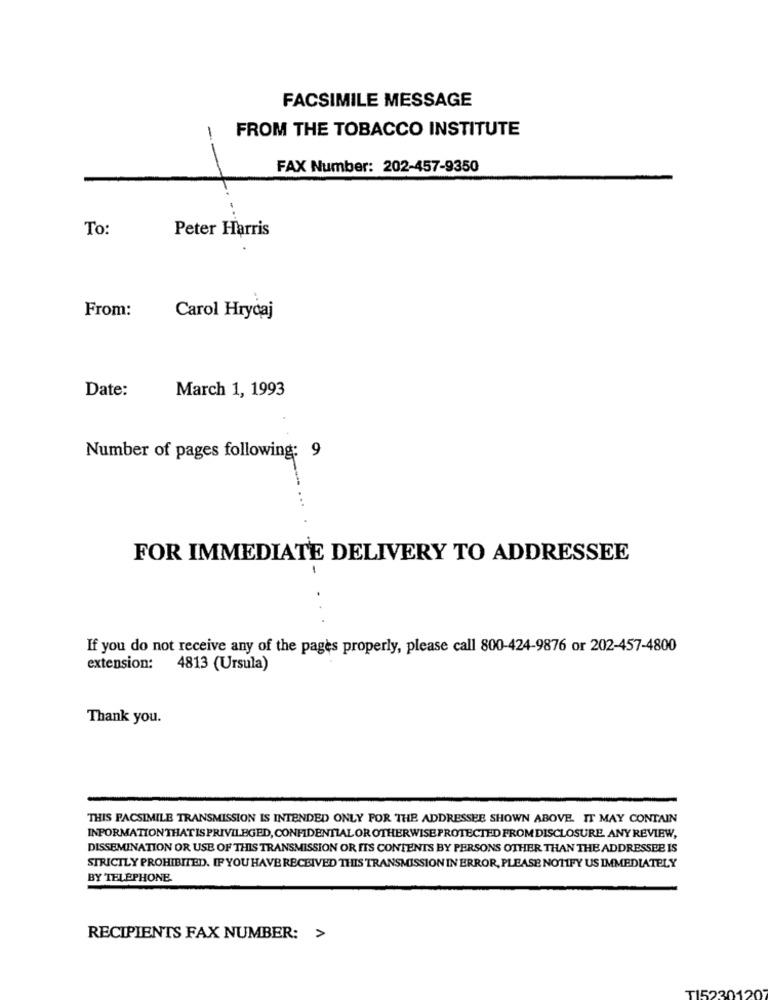
FACSIMILE MESSAGE
FROM THE TOBACCO INSTITUTE
-
FAX Number: 202-457-9350
To:
Peter Harris
From:
Carol Hrycaj
Date:
March 1, 1993
Number of pages following: 9
FOR IMMEDIATE DELIVERY TO ADDRESSEE
If you do not receive any of the pages properly, please call 800-424-9876 or 202-457-4800
extension: 4813 (Ursula)
Thank you.
THIS FACSIMILE TRANSMISSION IS INTENDED ONLY FOR THE ADDRESSEE SHOWN ABOVE. IT MAY CONTAIN
INFORMATIONTHATIS PRIVILEGED, CONFIDENTIAL OR OTHERWISE PROTECTED FROM DISCLOSURE. ANY REVIEW,
DISSEMINATION OR USE OF THIS TRANSMISSION OR ITS CONTENTS BY PERSONS OTHER THAN THE ADDRESSEE IS
STRICTLY PROHIBITED. IF YOU HAVE RECEIVED THIS TRANSMISSION IN ERROR, PLEASE NOTIFY US IMMEDIATELY
BY TELEPHONE.
RECIPIENTS FAX NUMBER: >